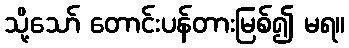
သို့သော် တောင်းပန်တားမြစ်၍ မရ။